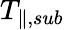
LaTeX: T_{\parallel,sub}